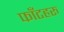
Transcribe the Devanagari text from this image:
फाँटहरु